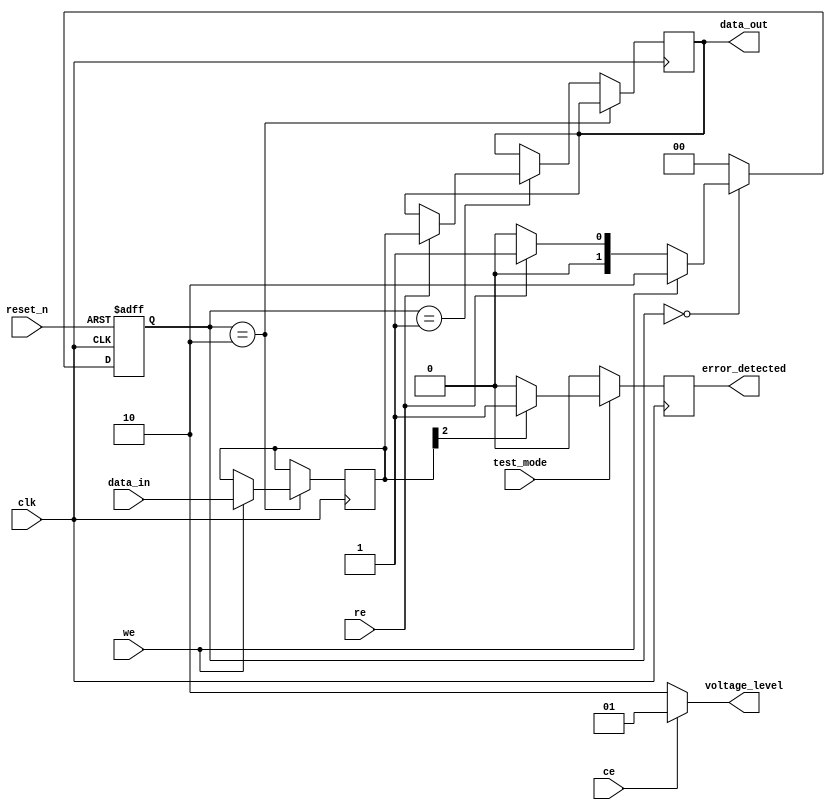
module TLC_NAND_IO_Block (
    input wire clk,                // Clock signal
    input wire reset_n,            // Active low reset
    input wire [2:0] data_in,      // 3-bit data input
    output reg [2:0] data_out,     // 3-bit data output
    input wire ce,                 // Chip Enable
    input wire we,                 // Write Enable
    input wire re,                 // Read Enable
    output wire [1:0] voltage_level, // Voltage level output
    output reg error_detected,      // Error detection flag
    input wire test_mode            // Test mode enable
);

    // Internal signals
    reg [2:0] data_latch;          // Data latch for read/write operations
    reg [1:0] current_state, next_state;
    
    // FSM states
    localparam IDLE = 2'b00,
               READ = 2'b01,
               WRITE = 2'b10;

    // Voltage level shifter example (1.8V, 3.3V)
    assign voltage_level = (ce) ? 2'b01 : 2'b10; // Example logic for voltage levels

    // State transition logic
    always @(posedge clk or negedge reset_n) begin
        if (!reset_n)
            current_state <= IDLE;
        else
            current_state <= next_state;
    end

    // Next state logic based on control signals
    always @(*) begin
        case (current_state)
            IDLE: begin
                if (we)
                    next_state = WRITE;
                else if (re)
                    next_state = READ;
                else
                    next_state = IDLE;
            end
            WRITE: begin
                next_state = IDLE; // Go back to IDLE after write
            end
            READ: begin
                next_state = IDLE; // Go back to IDLE after read
            end
            default: next_state = IDLE;
        endcase
    end

    // Data latch and control logic
    always @(posedge clk) begin
        if (current_state == WRITE) begin
            if (we) begin
                data_latch <= data_in; // Latch data on write
            end
        end
        else if (current_state == READ) begin
            if (re) begin
                data_out <= data_latch; // Output data on read
            end
        end
    end

    // Error detection logic (simplified)
    always @(posedge clk) begin
        if (test_mode) begin
            // Simple error detection example
            if (data_latch[2] == 1'b1) // Suppose if MSB is 1, it's an error
                error_detected <= 1'b1;
            else
                error_detected <= 1'b0;
        end
        else begin
            error_detected <= 1'b0; // Reset error flag in normal mode
        end
    end

endmodule